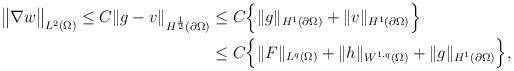
LaTeX: \begin{align*}\begin{aligned}\big\|\nabla w\big\|_{L^2(\Omega)}\leq C\|g-v\|_{H^{\frac{1}{2}}(\partial\Omega)}&\leq C\Big\{\|g\|_{H^{1}(\partial\Omega)}+\|v\|_{H^{1}(\partial\Omega)}\Big\} \\&\leq C\Big\{\|F\|_{L^q(\Omega)}+\|h\|_{W^{1,q}(\Omega)}+\|g\|_{H^1(\partial\Omega)}\Big\},\end{aligned}\end{align*}